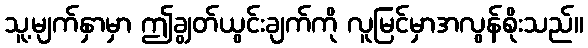
သူ့မျက်နှာမှာ ဤချွတ်ယွင်းချက်ကို လူမြင်မှာအလွန်စိုးသည်။